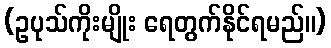
(ဥပုသ်ကိုးမျိုး ရေတွက်နိုင်ရမည်။)